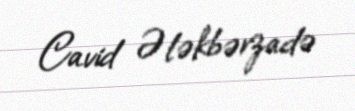
Cavid Ələkbərzadə